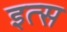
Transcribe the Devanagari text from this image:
इत्स